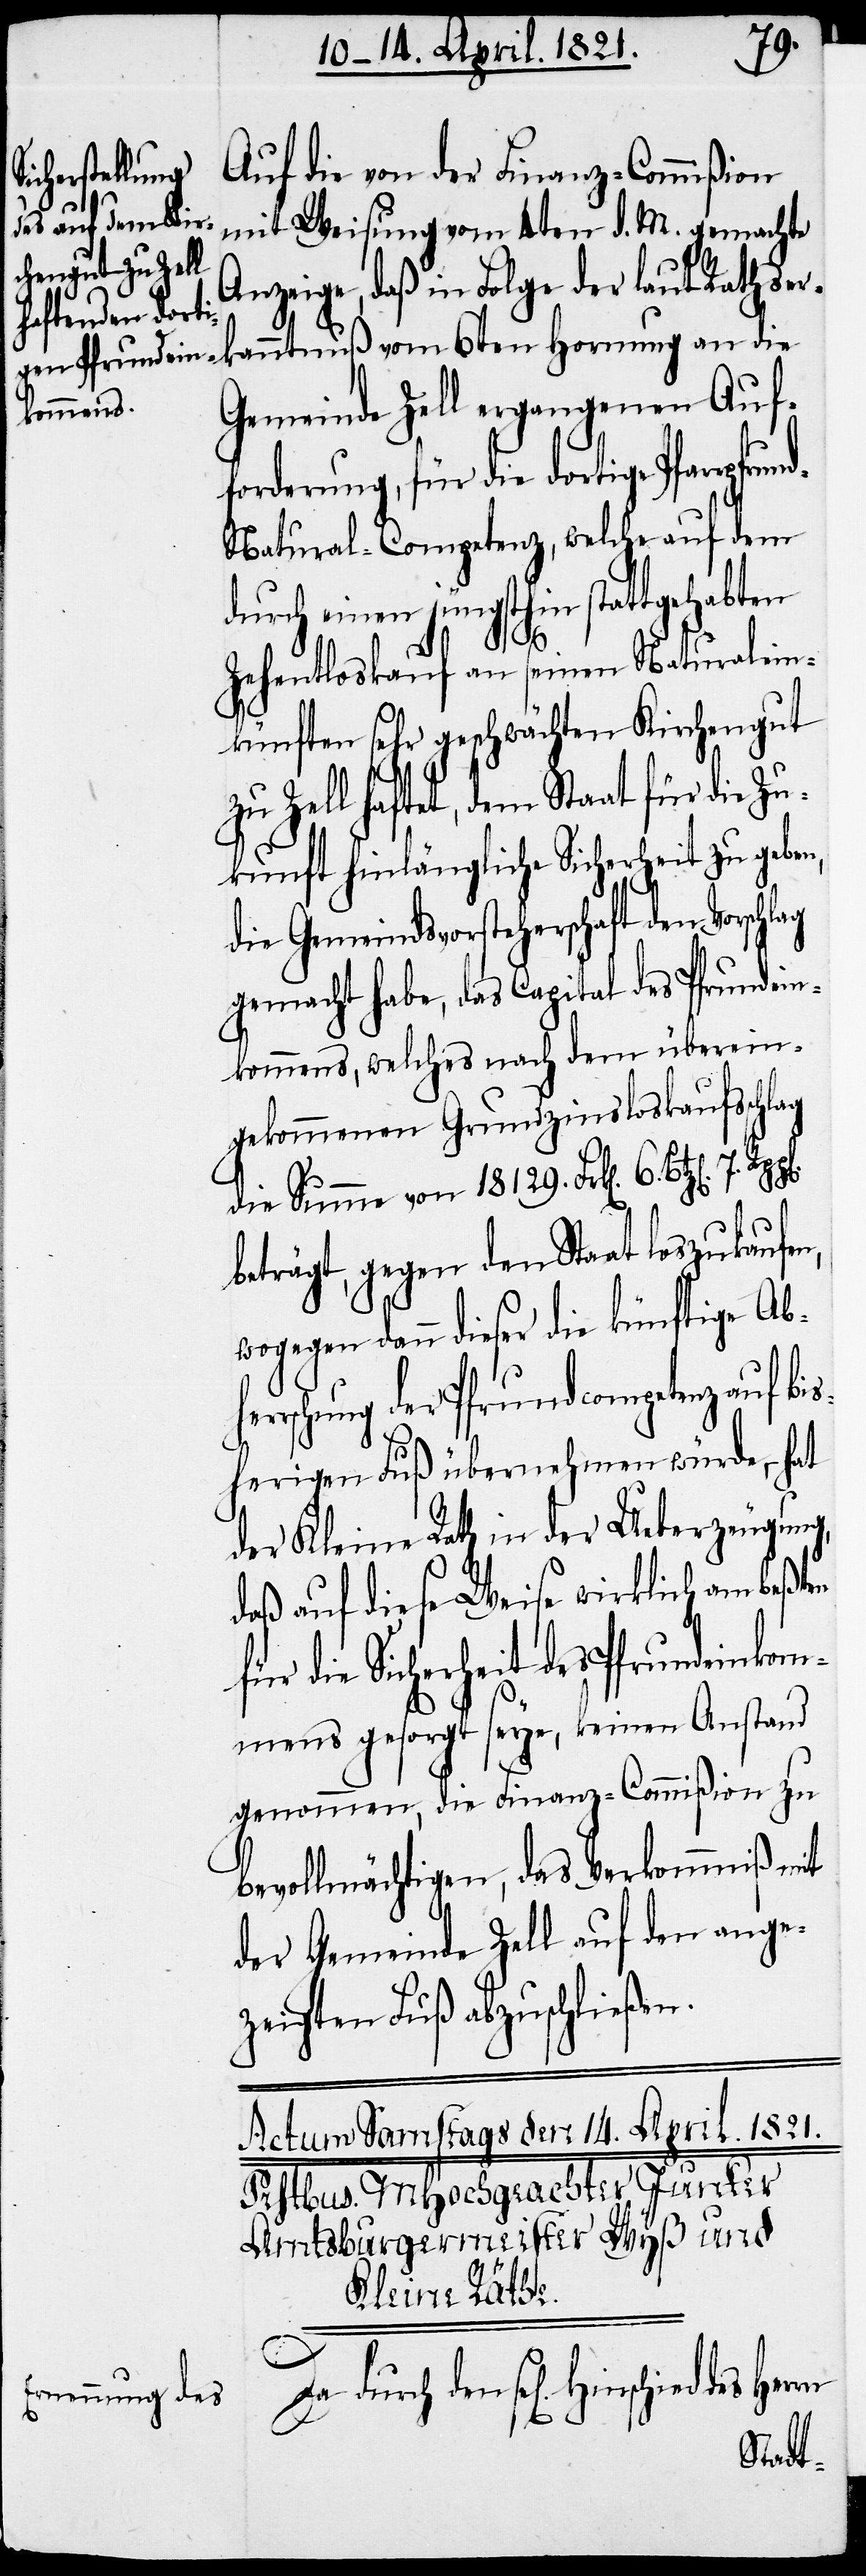
Auf die von der Finanz-Commißion
mit Weisung vom 4ten d. M. gemachte
Anzeige, daß in Folge der laut Rathserk¬
Gemeinde Zell ergangenen Auf¬
forderung, für die dortige Pfarrp¬
atural-Competenz, welche auf dem
durch einen jüngsthin stattgehabten
her¬
Zehentloskauf an seinen Naturalein¬
künften sehr geschwächten Kirchengut
zu Zell haftet, dem Staat für die Zu¬
kunft hinlängliche Sicherheit zu geben,
die Gemeindsvorsteherschaft den Vorschlag
gemacht habe, das Capital des Pfrundein¬
kommens, welches nach dem überein¬
gekommenen Grundzinsloskaufsschlag
die Summe von 18 129. Frk[en]. 6. Bz[e¬
beträgt, gegen den Staat loszukaufen,
wogegen dann dieser die künftige Ab¬
rschung der Pfrundcompetenz auf bi¬
sherigen Fuß übernehmen würde, – hat
der Kleine Rath in der Ueberzeugung,
daß auf diese Weise wirklich am beßten
für die Sicherheit des Pfrundeinkom¬
mens gesorgt seye, keinen Anstand
genommen, die Finanz-Commißion zu
bevollmächtigen, das Verkommniß mit
der Gemeinde Zell auf den ange¬
zeigten Fuß abzuschließen.
Da durch den sel[igen] Hinschied